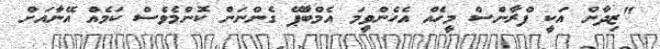
"ޒިދާން އަކީ ފްރާންސް މީހެއް އެހެންވީމަ އެމްބާޕޭ ގެންނަން ކޮންމެވެސް ކަމެއް އޭނާއަށް